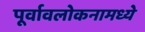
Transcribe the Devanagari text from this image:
पूर्वावलोकनामध्ये